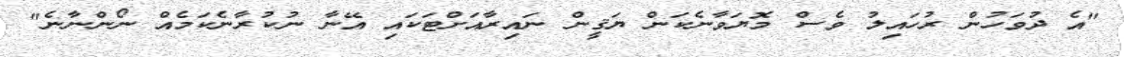
"އެ ދުވަހުން ރުހައިލު ވެސް މޮޔަވާނެކަން ޔަޤީން ނައިރާއަށްޓަކައި އޭނާ ނުކުރާނެކަމެއް ނޯންނާނެ"